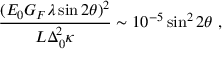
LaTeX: \frac { ( E _ { 0 } G _ { F } \lambda \sin 2 \theta ) ^ { 2 } } { L \Delta _ { 0 } ^ { 2 } \kappa } \sim 1 0 ^ { - 5 } \sin ^ { 2 } 2 \theta \ ,